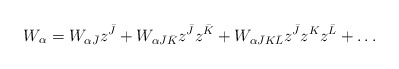
\begin{align*}W_{\alpha}=W_{\alpha\bar J}z^{\bar J}+W_{\alpha\bar J\bar K}z^{\bar J}z^{\bar K}+W_{\alpha\bar JK\bar L}z^{\bar J}z^Kz^{\bar L}+\dots\end{align*}